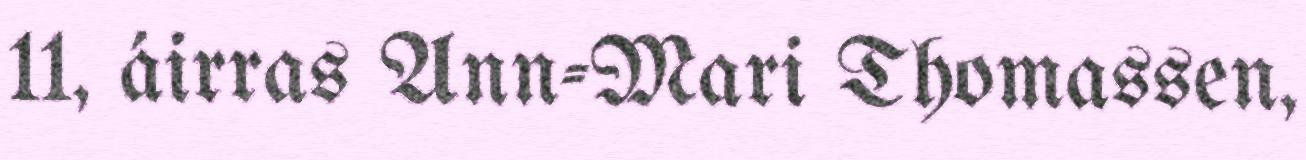
11, áirras Ann-Mari Thomassen,